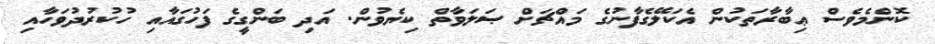
ކޮންމެވެސް ޢިބާރާތަކުން އެކަލޭގެފާނުގެ މައްޗަށް ޞަލަވާތް ކިޔެވުން. އަދި ބަންގީގެ ފަހުގައާއި ހުކުރުދުވަހާއި